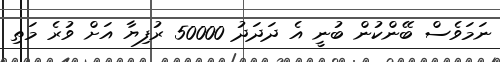
ނަމަވެސް ބޭންކުން ބުނީ އެ ދަދަދު 50000 ރުފިޔާ އަށް ވުރެ މަތި